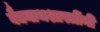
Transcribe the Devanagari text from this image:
वैद्यनाथशास्त्रींनी